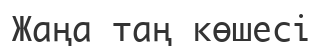
Жаңа таң көшесі